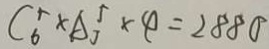
C ^ { 5 } _ { 6 } \times A _ { 3 } ^ { 5 } \times 4 = 2 8 8 0